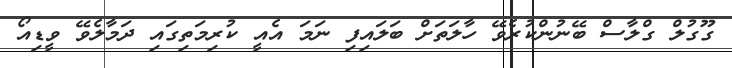
ގޫގުލް ގްލާސް ބޭނުންކުރެވޭ ހާލަތަށް ބަލައިފި ނަމަ އެއީ ކުރިމަތިގައި ދަމާލެވޭ ވީޑިއޯ